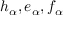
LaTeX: h _ { \alpha } , e _ { \alpha } , f _ { \alpha }